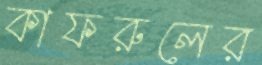
কাফরুলের